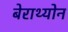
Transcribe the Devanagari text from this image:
बेराथ्योन